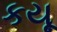
કયૂ